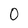
Character: 0